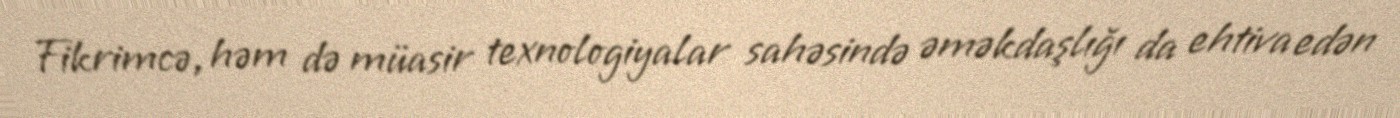
Fikrimcə, həm də müasir texnologiyalar sahəsində əməkdaşlığı da ehtiva edən